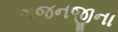
ગજનજીના